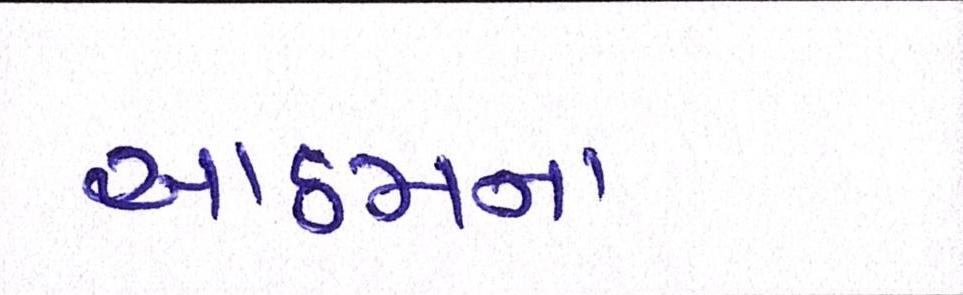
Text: આઠમના